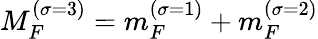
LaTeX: M_{F}^{\left(\sigma=3\right)}=m_{F}^{\left(\sigma=1\right)}+m_{F}^{\left(\sigma=2\right)}